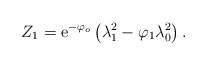
\begin{align*}{Z}_1 = {\rm e}^{- \varphi_o} \left( \lambda^2_1 - \varphi_1 \lambda^2_0 \right) .\end{align*}